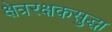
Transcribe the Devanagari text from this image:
क्षेत्ररक्षकसुद्धा